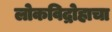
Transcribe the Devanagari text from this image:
लोकविद्रोहाचा